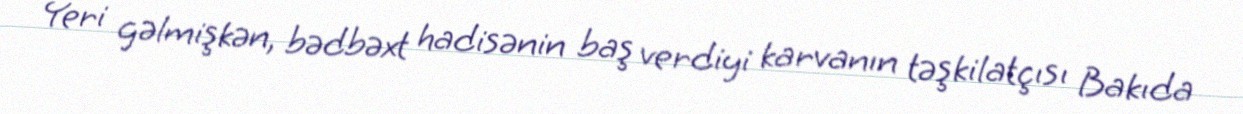
Yeri gəlmişkən, bədbəxt hadisənin baş verdiyi karvanın təşkilatçısı Bakıda